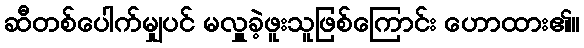
ဆီတစ်ပေါက်မျှပင် မလှူခဲ့ဖူးသူဖြစ်ကြောင်း ဟောထား၏။